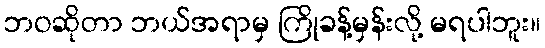
ဘဝဆိုတာ ဘယ်အရာမှ ကြိုခန့်မှန်းလို့ မရပါဘူး။